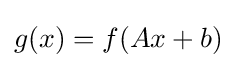
g(x)=f(Ax+b)